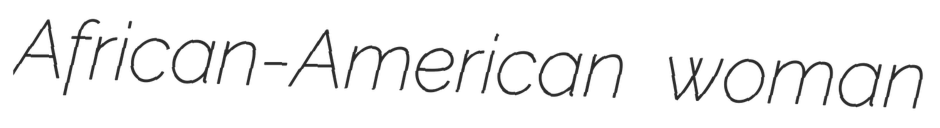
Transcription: African-American woman